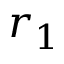
r _ { 1 }